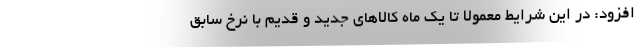
افزود: در این شرایط معمولا تا یک ماه کالاهای جدید و قدیم با نرخ سابق